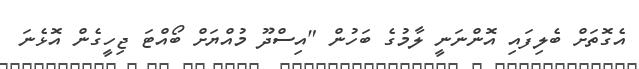
އެގޮތަށް ބެލިފައި އޮންނަނީ ލާމުގެ ބަހުން "އިސްދޫ މުއްޔަށް ބޯއްޓަ ޖިހީގެން އޮޅެނަ